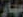
مهار